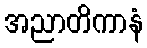
အညာတိကာနံ